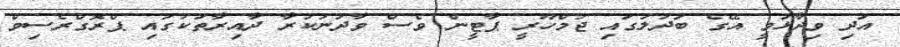
އަދި ވިދާޅުވީ އޭގެ ބަދަލުގައި ޖުމްހޫރީ ޕާޓީން ވެސް ވާދަނުކުރާ ދާއިރާތަކުގައި ޕްރޮގްރެސިވް